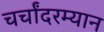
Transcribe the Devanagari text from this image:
चर्चांदरम्यान